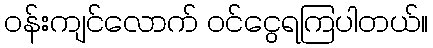
ဝန်းကျင်လောက် ဝင်ငွေရကြပါတယ်။